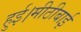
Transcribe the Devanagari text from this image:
हुई।मीठीबाई